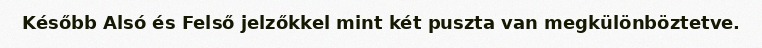
Később Alsó és Felső jelzőkkel mint két puszta van megkülönböztetve.